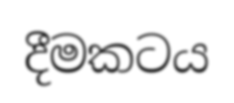
දීමකටය